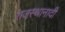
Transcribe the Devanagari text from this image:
राजस्थानादी